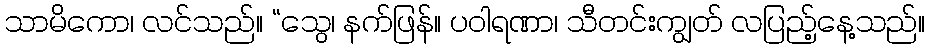
သာမိကော၊ လင်သည်။ “သွေ၊ နက်ဖြန်။ ပဝါရဏာ၊ သီတင်းကျွတ် လပြည့်နေ့သည်။